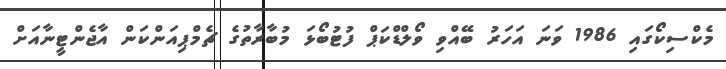
މެކްސިކޯގައި 1986 ވަނަ އަހަރު ބޭއްވި ވޯލްޑްކަޕް ފުޓުބޯޅަ މުބާރާތުގެ ޗެމްޕިއަންކަން އާޖެންޓީނާއަށް